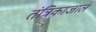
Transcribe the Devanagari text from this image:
तंत्रिकाजाल